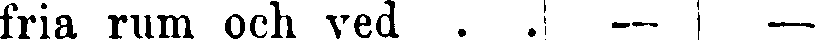
fria rum ocn ved . . — —